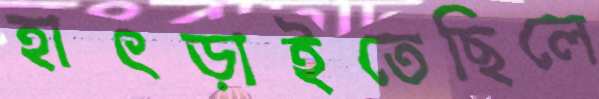
হাৎড়াইতেছিলে